Cultivation of the bacillus of leprosy and the treatment of cases by means of a vaccine prepared from the cultivations - Number 42
Disease focus: Leprosy
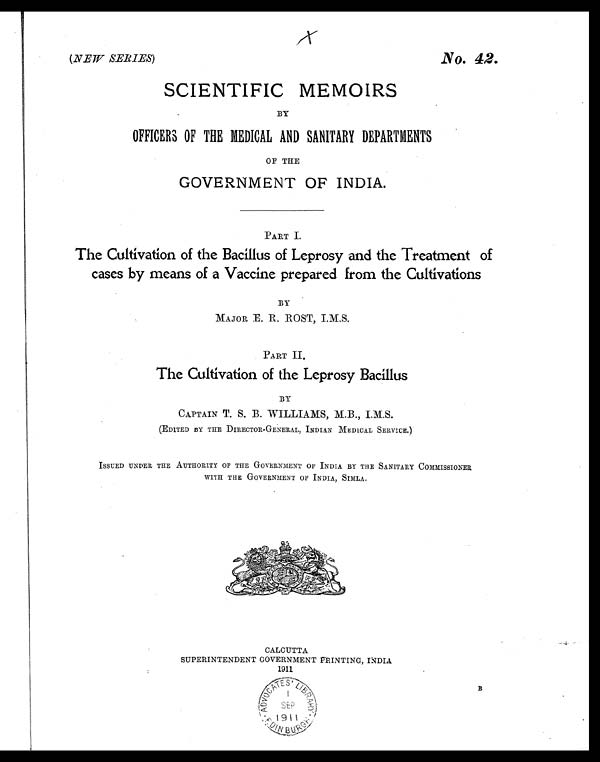
(NEW SERIES)
No. 42.
SCIENTIFIC MEMOIRS
BY
OFFICERS OF THE MEDICAL AND SANITARY DEPARTMENTS
OF THE
GOVERNMENT OF INDIA.
PART I.
The Cultivation of the Bacillus of Leprosy and the Treatment of
cases by means of a Vaccine prepared from the Cultivations
BY
MAJOR E. R. ROST, I.M.S.
PART II.
The Cultivation of the Leprosy Bacillus
BY
CAPTAIN T. S. B. WILLIAMS, M.B., I.M.S.
(EDITED BY THE DIRECTOR-GENERAL, INDIAN MEDICAL SERVICE.)
ISSUED UNDER THE AUTHORITY OF THE GOVERNMENT OF INDIA BY THE SANITARY COMMISSIONER
WITH THE GOVERNMENT OF INDIA, SIMLA.
CALCUTTA
SUPERINTENDENT GOVERNMENT PRINTING, INDIA
1911